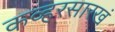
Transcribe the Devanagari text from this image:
कव्हरसारखं